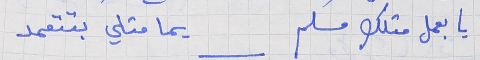
يا بعمل متلك مسلم     يما متلي بتتعمد